Report on vaccination in Madras 1895-1903 - 1895-1903
Year: 1895
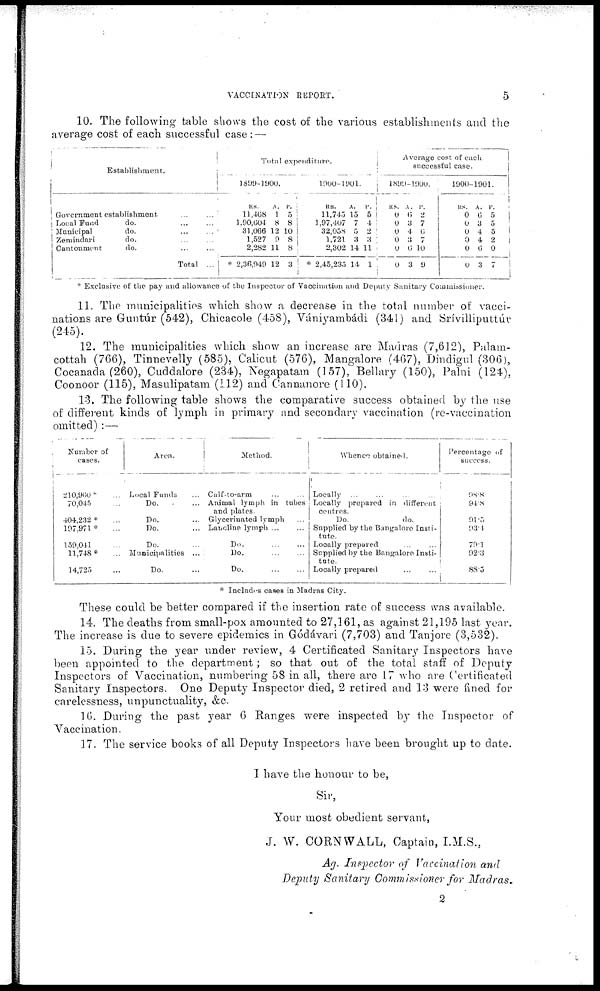
VACCINATION REPORT.
5
10. The following table shows the cost of the various establishments and the
average cost of each successful case : —
Establishment.
Government establishment. ... ...
Local Fund
do.
...
...
Municipal
do. ... ...
Zemindari
do. ... ...
Cantonment
do. ... ...
Total ...
Total expenditure.
1809-1900.
RS.
11,468
1,90,604
31,066
1,527
2,282
* 2,36,949
A.
1
8
12
9
11
12
P.
5
8
10
8
8
3
1900-1901.
RS.
11,745
1,97,407
32,058
1,721
2,302
* 2,45,235
A.
15
7
5
3
14
14
P.
5
4
2
3
11
1
Average cost of each
successful case.
1899-1900.
RS.
0
0
0
0
0
0
A.
6
3
4
3
6
3
P.
2
7
6
7
10
9
1900-1901.
RS.
0
0
0
0
0
0
A.
6
3
4
4
6
3
P.
5
5
5
2
0
7
* Exclusive of the pay and allowance of the Inspector of Vaccination and Deputy Sanitary Commissioner.
11. The municipalities which show a decrease in the total number of vacci-
nations are Guntúr (542), Chicacole (458), Vániyambádi (341) and Srívilliputtúr
(245).
12. The municipalities which show an increase are Madras (7,612), Palam-
cottah (766), Tinnevelly (585), Calicut (576), Mangalore (467), Dindigul (306),
Cocanada (260), Cuddalore (234), Negapatam (157), Bellary (150), Palni (124),
Coonoor (115), Masulipatam (112) and Cannanore (110).
13. The following table shows the comparative success obtained by the use
of different kinds of lymph in primary and secondary vaccination (re-vaccination
omitted) :—
Number of
cases.
210,960* ...
70,045 ...
404,232* ...
197,971*
...
159,041 ...
11,748* ...
14,725 ...
Area.
Local Funds ...
Do. ...
Do. ...
Do. ...
Do. ...
Municipalities ...
Do. ...
Method.
Calf-to-arm ... ...
Animal lymph in tubes
and plates.
Glycerinated lymph ...
Lanoline lymph ... ...
Do.
...
...
Do.
...
...
Do.
...
...
Whence obtained.
Locally ... ... ... ...
Locally prepared in different
centres.
Do.
do.
Supplied by the Bangalore Insti-
tute.
Locally prepared ... ...
Supplied by the Bangalore Insti-
tute.
Locally prepared ... ...
Percentage of
success.
98.8
94.8
91.5
93.4
79.1
92.3
88.5
* Includes cases in Madras City.
These could be better compared if the insertion rate of success was available.
14. The deaths from small-pox amounted to 27,161, as against 21,195 last year.
The increase is due to severe epidemics in Gódávari (7,703) and Tanjore (3,532).
15. During the year under review, 4 Certificated Sanitary Inspectors have
been appointed to the department; so that out of the total staff of Deputy
Inspectors of Vaccination, numbering 58 in all, there are 17 who are Certificated
Sanitary Inspectors. One Deputy Inspector died, 2 retired and 13 were fined for
carelessness, unpunctuality, &c.
16. During the past year 6 Ranges were inspected by the Inspector of
Vaccination.
17. The service books of all Deputy Inspectors have been brought up to date.
I have the honour to be,
Sir,
Your most obedient servant,
J. W. CORNWALL, Captain, I.M.S.,
Ag. Inspector of Vaccination and
Deputy Sanitary Commissioner for Madras.
2